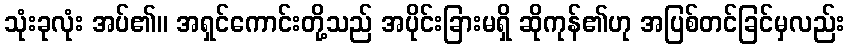
သုံးခုလုံး အပ်၏။ အရှင်ကောင်းတို့သည် အပိုင်းခြားမရှိ ဆိုကုန်၏ဟု အပြစ်တင်ခြင်မှလည်း